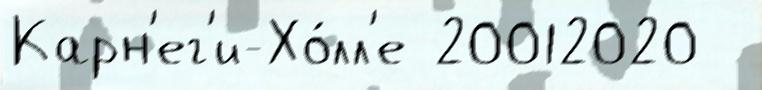
Карн'ег'и-Хо́лл'е 20012020